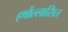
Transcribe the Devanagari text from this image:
हर्षोल्लासित